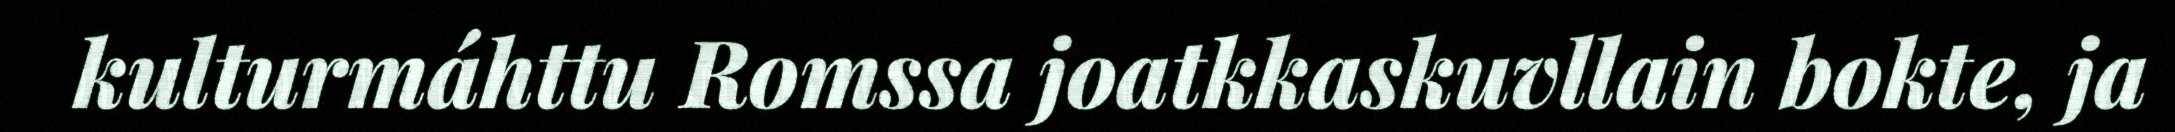
kulturmáhttu Romssa joatkkaskuvllain bokte, ja